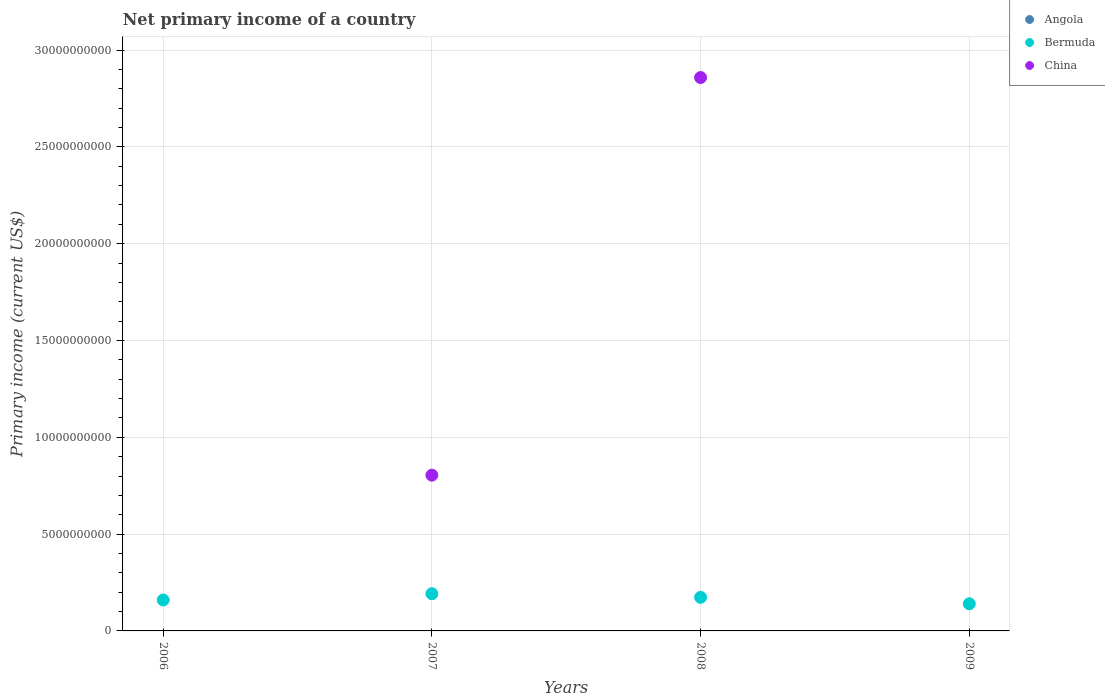
| Years | Angola | Bermuda | China |
 | --- | --- | --- | --- |
 | 2006 | -6.18e+09 | 1.6e+09 | -5.14e+09 |
 | 2007 | -7.6e+09 | 1.92e+09 | 8.04e+09 |
 | 2008 | -1.37e+10 | 1.74e+09 | 2.86e+10 |
 | 2009 | -6.82e+09 | 1.4e+09 | -8.53e+09 |